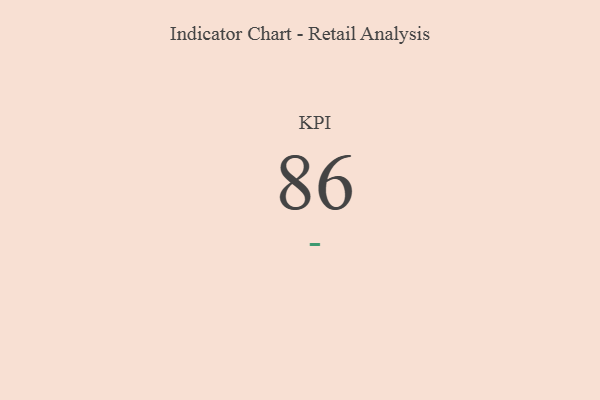
{"axis": {"x": "KPI", "y": "Value"}, "legend": [""], "data": [{"x": "KPI", "y": 86, "type": ""}]}